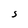
Character: S